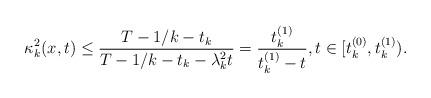
LaTeX: \begin{align*}\kappa^{2}_{k}(x,t)\leq\frac{T-1/k-t_{k}}{T-1/k-t_{k}-\lambda^{2}_{k}t} = \frac{t^{(1)}_{k}}{t^{(1)}_{k}-t},t\in[t_{k}^{(0)},t^{(1)}_{k}).\end{align*}